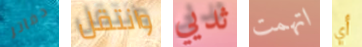
دفاتر وانتقل ثديي اتهمت أي